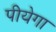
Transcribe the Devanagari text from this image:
पीयेगा